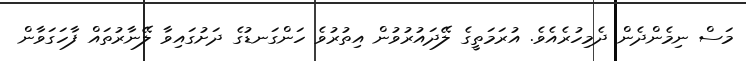
މަސް ނިމެންދެން ދެމިހުރެއެވެ. އުރަމަތީގެ ލޭދައުރުވުން އިތުރުވެ ހަންގަނޑުގެ ދަށުގައިވާ ލޭނާރުތައް ފާހަގަވާން